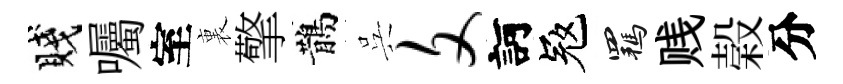
賤囑室裏擎鵲呉文訶冦羈贱榖分